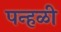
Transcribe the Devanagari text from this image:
पन्हळी